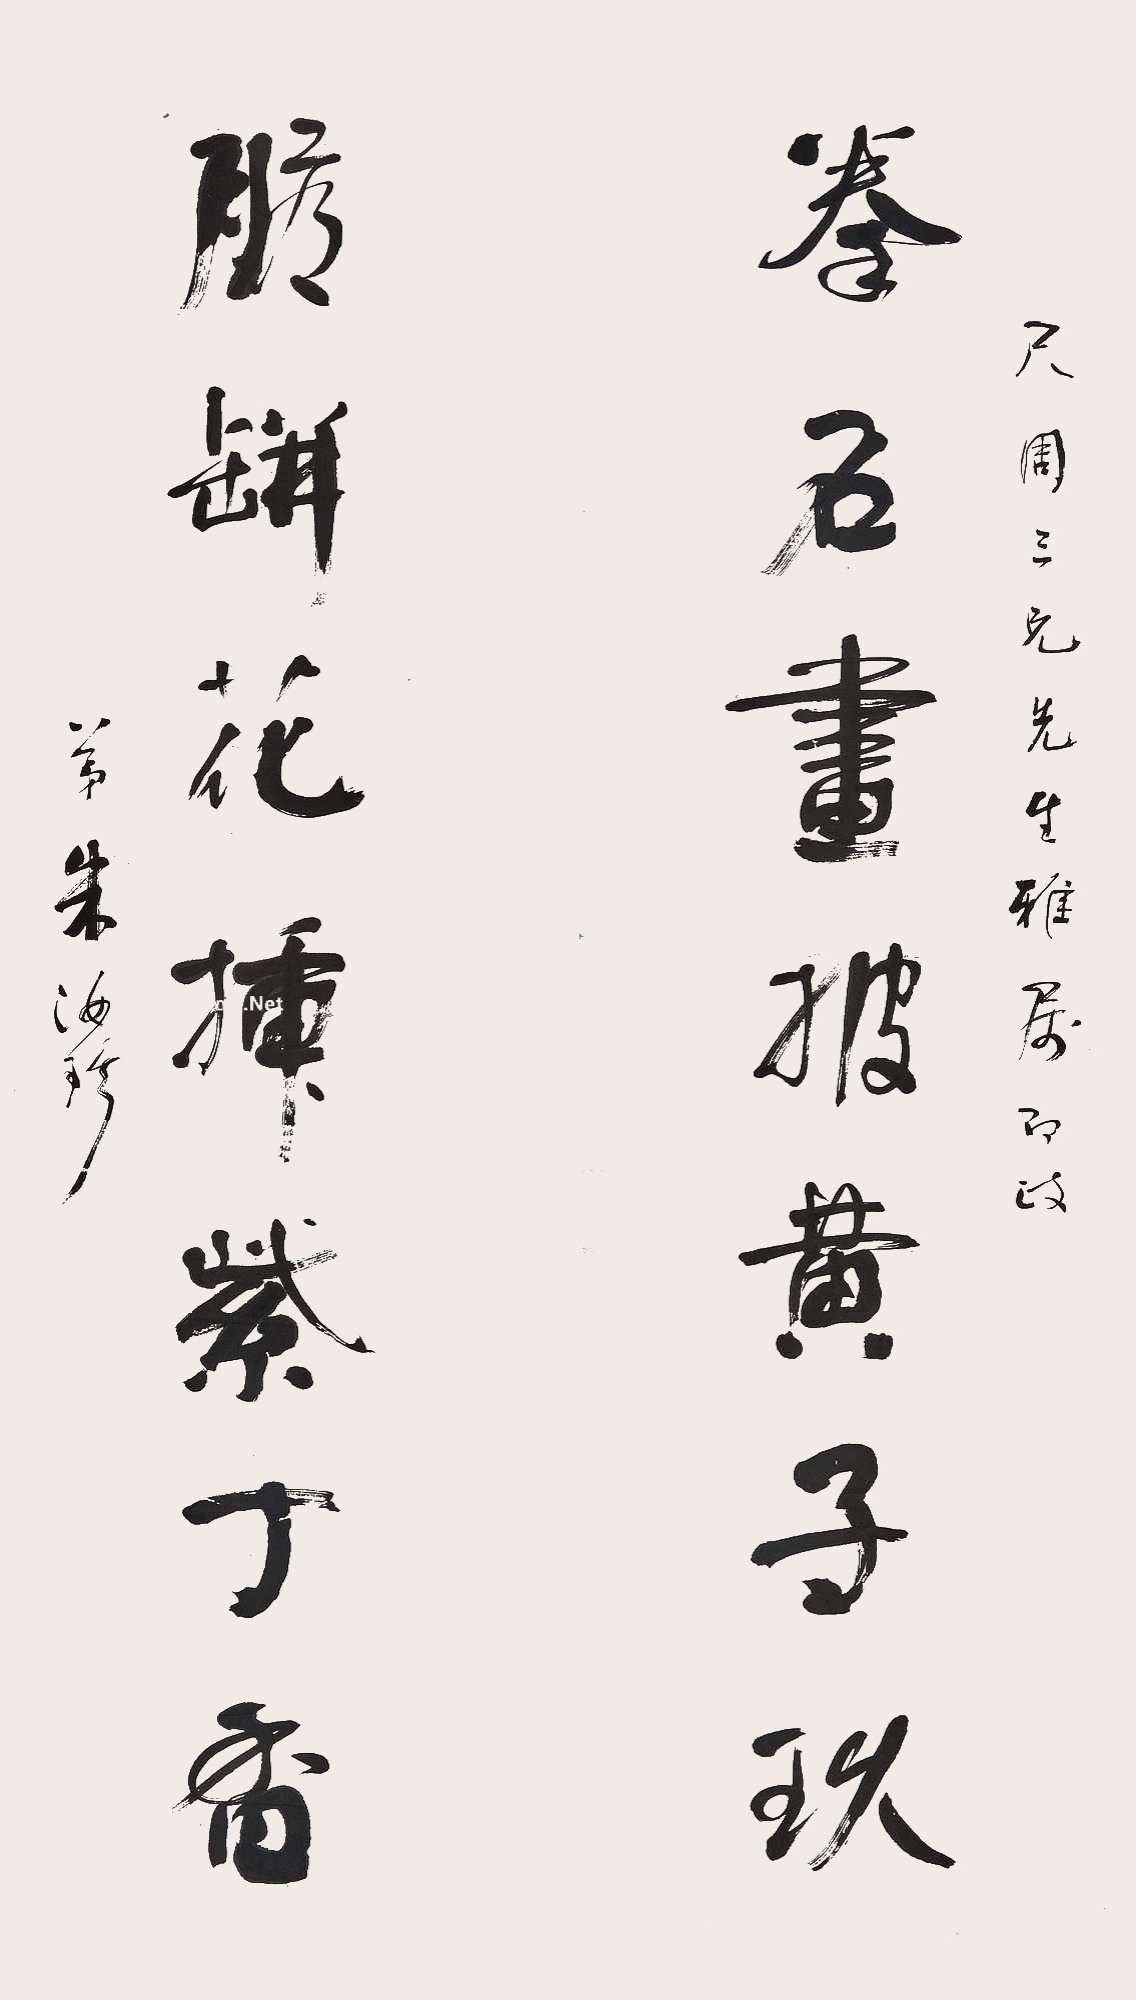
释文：尺周三兄先生雅属即政。拳石画披黄子久，胆瓶花插紫丁香。弟朱汝珍。